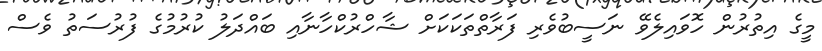
މީގެ އިތުރުން ހޮވައިލެވޭ ނަސީބުވެރި ފަރާތްތަކަކަށް ޝާހްރުކްހާނާއި ބައްދަލު ކުރުމުގެ ފުރުސަތު ވެސް